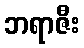
ဘရာဇီး